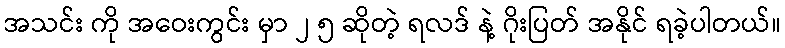
အသင်း ကို အဝေးကွင်း မှာ ၂ ၅ ဆိုတဲ့ ရလဒ် နဲ့ ဂိုးပြတ် အနိုင် ရခဲ့ပါတယ်။